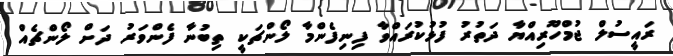
ރައީސުލް ޖުމްހޫރިއްޔާ ދަތުރު ފުޅުކުރައްވާ ފިނިފެންމާ ލޯންޗަކީ ތިބުނާ ފެންވަރު ދަށް ލޯންޗެއް